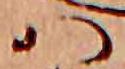
ハ